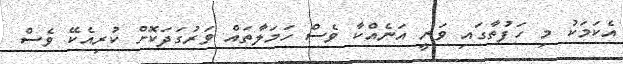
އެކަމަކު މި ހަފުތާގައި ވަނީ އަނެއްކާ ވެސް ހަމަލާތައް ވަރުގަދަކޮށް ކުރިއެކޭ ވެސް